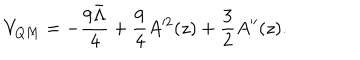
V _ { Q M } = - \frac { 9 \bar { \Lambda } } { 4 } + \frac { 9 } { 4 } A ^ { \prime 2 } ( z ) + \frac { 3 } { 2 } A ^ { \prime \prime } ( z ) .